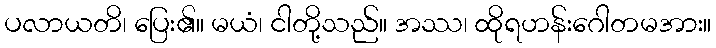
ပလာယတိ၊ ပြေး၏။ မယံ၊ ငါတို့သည်။ အဿ၊ ထိုရဟန်းဂေါတမအား။